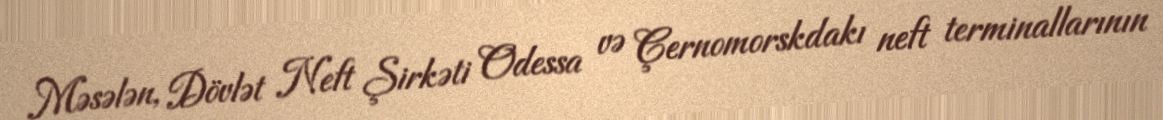
Məsələn, Dövlət Neft Şirkəti Odessa və Çernomorskdakı neft terminallarının